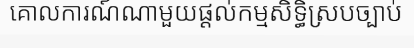
គោលការណ៍ណាមួយផ្តល់កម្មសិទ្ធិស្របច្បាប់